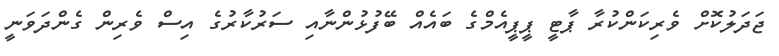
ޖަދަލުކޮށް ވެރިކަންކުރާ ޕާޓީ ޕީޕީއެމްގެ ބައެއް ބޭފުޅުންނާއި ސަރުކާރުގެ އިސް ވެރިން ގެންދަވަނީ